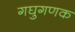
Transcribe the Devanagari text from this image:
गघुगणक